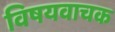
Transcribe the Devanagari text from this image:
विषयवाचक